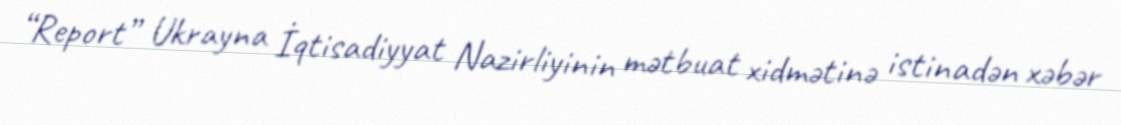
“Report” Ukrayna İqtisadiyyat Nazirliyinin mətbuat xidmətinə istinadən xəbər